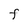
Character: F